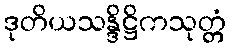
ဒုတိယသန္ဒိဋ္ဌိကသုတ္တံ